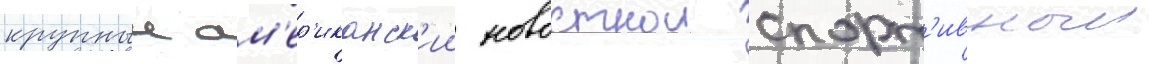
крупныи ам'ер'иканск'ии новостнои спорт'ивныи